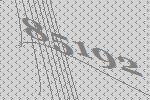
85192